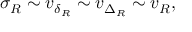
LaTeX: \sigma _ { R } \sim v _ { \delta _ { R } } \sim v _ { \Delta _ { R } } \sim v _ { R } ,